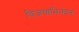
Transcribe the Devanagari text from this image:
विजयाभिनंदनः